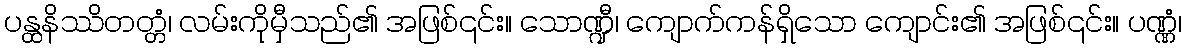
ပန္ထနိဿိတတ္တံ၊ လမ်းကိုမှီသည်၏ အဖြစ်၎င်း။ သောဏ္ဍီ၊ ကျောက်ကန်ရှိသော ကျောင်း၏ အဖြစ်၎င်း။ ပဏ္ဏံ၊